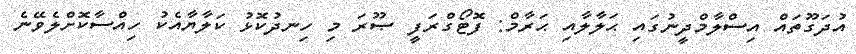
އުދަގޫތައް އިސްލާމްދީނުގައި ޙަލާލާއި ޙަރާމް: ފޮޓޯގްރަފީ ޞޫރަ މި ހިނދުކޮޅު ކަލާޔާއެކު ހިއްސާކޮށްލެވޭނެ